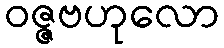
ဝဇ္ဇဗဟုလော